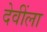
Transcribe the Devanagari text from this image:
देवींला